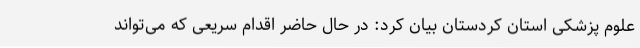
علوم پزشکی استان کردستان بیان کرد: در حال حاضر اقدام سریعی که می‌تواند